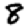
Digit: 8